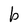
Character: b